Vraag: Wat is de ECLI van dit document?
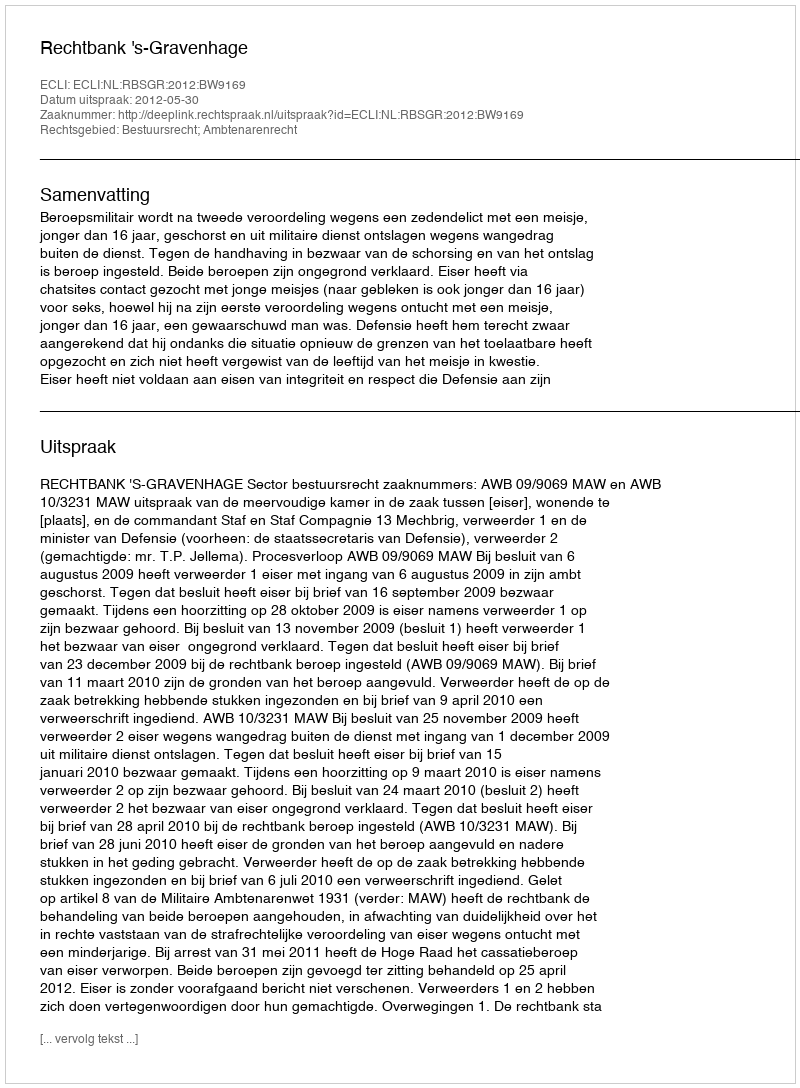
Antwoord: ECLI:NL:RBSGR:2012:BW9169